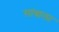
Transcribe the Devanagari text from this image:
सांबाला